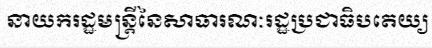
នាយករដ្ឋមន្ត្រីនៃសាធារណៈរដ្ឋប្រជាធិបតេយ្យ